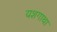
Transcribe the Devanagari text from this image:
यशगाथा